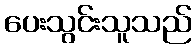
ပေးသွင်းသူသည်